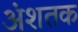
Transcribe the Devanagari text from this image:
अंशतक